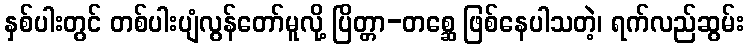
နှစ်ပါးတွင် တစ်ပါးပျံလွန်တော်မူလို့ ပြိတ္တာ-တစ္ဆေ ဖြစ်နေပါသတဲ့၊ ရက်လည်ဆွမ်း